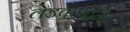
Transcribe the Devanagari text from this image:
लेडकार्बोनेट